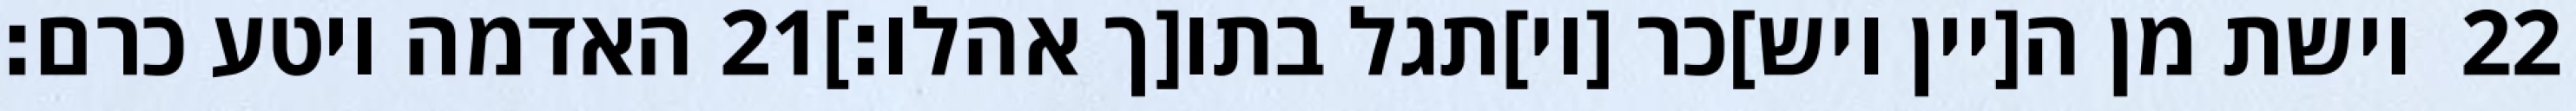
האדמה ויטע כרם׃ ‎21‏ וישת מן ה[יין ויש]כר [וי]תגל בתו[ך אהלו׃] ‎22‏